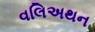
વલિઅથન